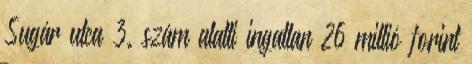
Sugár utca 3. szám alatti ingatlan 26 millió forint